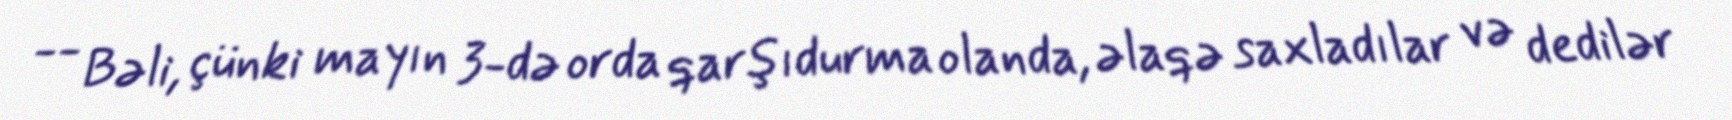
-- Bəli, çünki mayın 3-də orda qarşıdurma olanda, əlaqə saxladılar və dedilər